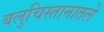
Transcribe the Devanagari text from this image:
बलुचिस्तानातले